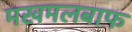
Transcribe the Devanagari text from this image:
मखमलबाफ